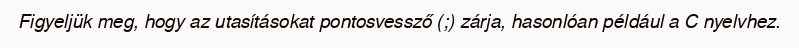
Figyeljük meg, hogy az utasításokat pontosvessző (;) zárja, hasonlóan például a C nyelvhez.